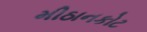
મીઠાનકોટ